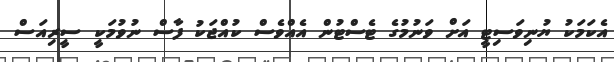
އެކަމަކު ޔުނިވަސިޓީ އަށް ވަނުމުގެ ޓެސްޓުން އެއްވެސް ކުއްޖަކު ފާސް ނުވުމަކީ ސީރިއަސް